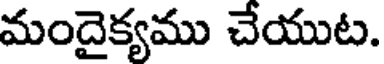
మందైక్యము చేయుట.